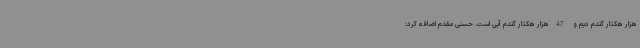
هزار هکتار گندم دیم و 47هزار هکتار گندم آبی است. حسنی مقدم اضافه کرد: